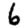
Digit: 6